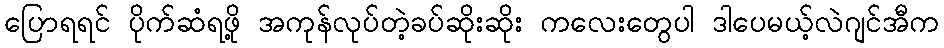
ပြောရရင် ပိုက်ဆံရဖို့ အကုန်လုပ်တဲ့ခပ်ဆိုးဆိုး ကလေးတွေပါ ဒါပေမယ့်လဲဂျင်အီက